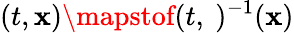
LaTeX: (t,\mathbf{x})\mapstof(t,\ )^{-1}(\mathbf{x})